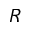
R